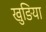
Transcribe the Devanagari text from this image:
खुङिया